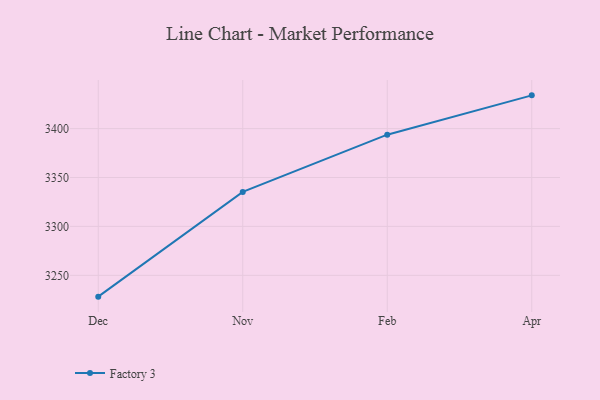
{"axis": {"x": "Month", "y": "Website Visitors"}, "legend": ["Factory 3"], "data": [{"x": "Dec", "y": 3228.2, "type": "Factory 3"}, {"x": "Nov", "y": 3335.3, "type": "Factory 3"}, {"x": "Feb", "y": 3393.8, "type": "Factory 3"}, {"x": "Apr", "y": 3434.0, "type": "Factory 3"}]}